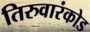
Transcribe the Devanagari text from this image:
तिरुवारंकोड